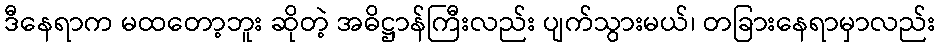
ဒီနေရာက မထတော့ဘူး ဆိုတဲ့ အဓိဋ္ဌာန်ကြီးလည်း ပျက်သွားမယ်၊ တခြားနေရာမှာလည်း